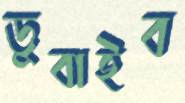
ডুবাইব